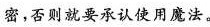
密，否则就要承认使用魔法。